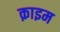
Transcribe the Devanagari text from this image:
क़ाइम